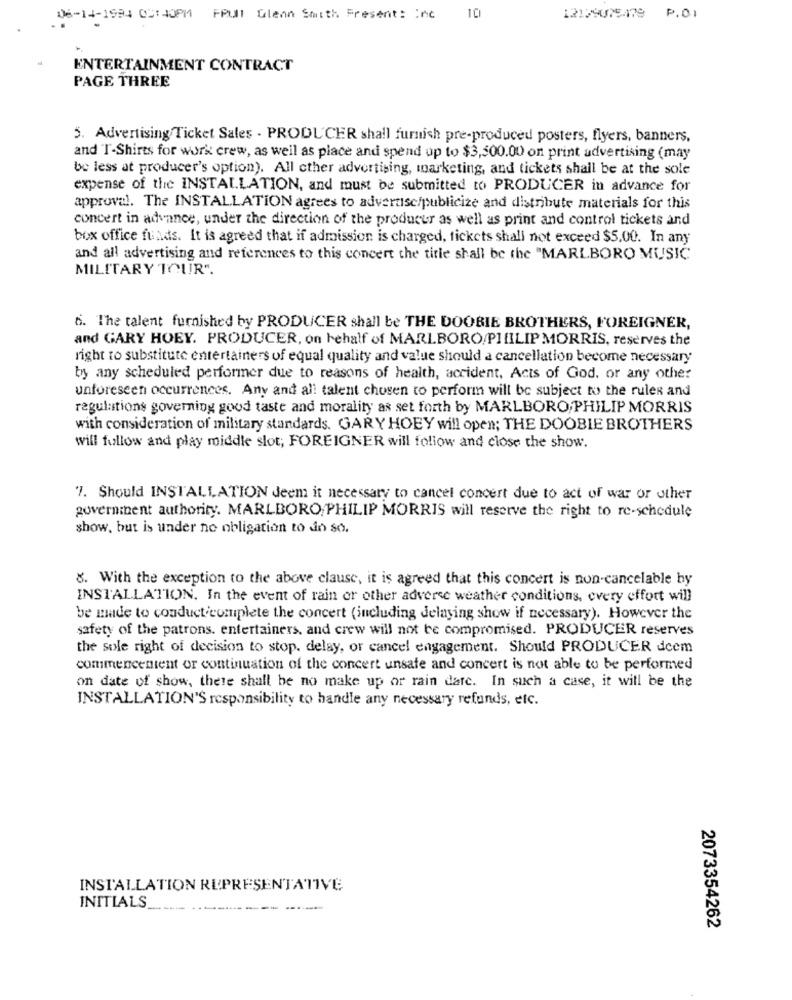
06-14-1994 05:40PM FPULI Glean Smith Fresent: Inc 10
12179075178
P.01
ENTERTAINMENT CONTRACT
PAGE THREE
5. Advertising Ticket Sales - PRODUCER shall furnish pre-produced posters, flyers, banners.
and T-Shirts for work crew, as well as place and spend up to $3,500.00 on print advertising (may
be less at producer's option). All cther advertising, marketing, and tickets shall be at the sole
expense of the INSTALLATION, and must be submitted to PRODUCER in advance for
approval. The INSTALLATION agrees to advertise/publicize and distribute materials for this
concert in advance, under the direction of the producer as well as print and control tickets and
box office funds. It is agreed that if admission is charged, tickets shall not exceed $5.00. In any
and all advertising and references to this concert the title shall be the "MARLBORO MUSIC
MILITARY TOUR"
6. The talent furnished by PRODUCER shall be THE DOOBIE BROTHERS, FOREIGNER,
and GARY HOEY. PRODUCER, on behalf of MARLBORO/PHILIP MORRIS, reserves the
right to substitute entertainers of equal quality and value should a cancellation become necessary
by any scheduled performer due to reasons of health, accident, Acts of God, or any other
unforeseen occurrences. Any and all talent chosen to perform will be subject to the rules and
regulations governing good taste and morality as set forth by MARLBORO,PHILIP MORRIS
with consideration of military standards. GARY HOEY will open; THE DOOBIE BROTHERS
will follow and play middle slot; FOREIGNER will follow and close the show.
7. Should INSTALLATION Jeem it necessary to cancel concert due to act of war or other
governibent authority. MARLBORO PHILIP MORRIS will reserve the right to re-schedule
show, but is under no obligation to do so.
8. With the exception to the above clause, it is agreed that this concert is non-cancelable by
INSTALLATION. In the event of rain or other adverse weather conditions, every effort will
be made to conduct complete the concert (including delaying show if necessary). However the
safety of the patrons. entertainers, and crew will not be compromised. PRODUCER reserves
the sole right of decision to stop. delay, or cancel engagement. Should PRODUCER dcem
commencentent or continuation of the concert unsafe and concert is not able to be performed
on date of show, thete shall be no make up or rain date. In such a case, it will be the
INSTALLATION'S responsibility to handle any necessary refunds, etc.
INSTALLATION REPRESENTATIVE
INITIALS.
------
2073354262